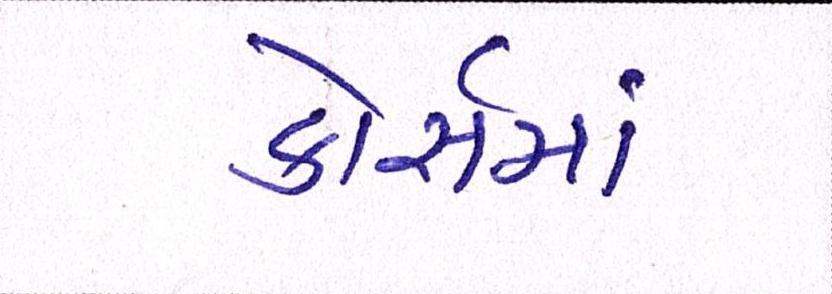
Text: કોસૅમાં